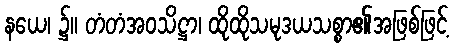
နယေ၊ ၌။ တံတံအဝသိဋ္ဌာ၊ ထိုထိုသမုဒယသစ္စာ၏အဖြစ်ဖြင့်